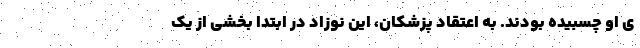
ی او چسبیده بودند. به اعتقاد پزشکان، این نوزاد در ابتدا بخشی از یک